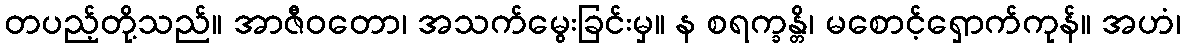
တပည့်တို့သည်။ အာဇီဝတော၊ အသက်မွေးခြင်းမှ။ န စရက္ခန္တိ၊ မစောင့်ရှောက်ကုန်။ အဟံ၊